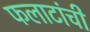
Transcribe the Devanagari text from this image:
फलाटांची